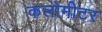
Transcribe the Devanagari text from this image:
कलोमीटर